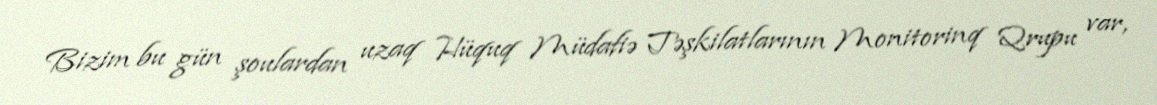
Bizim bu gün şoulardan uzaq Hüquq Müdafiə Təşkilatlarının Monitorinq Qrupu var,